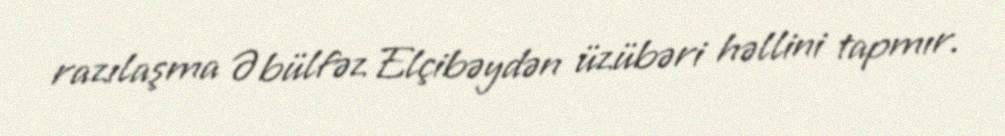
razılaşma Əbülfəz Elçibəydən üzübəri həllini tapmır.